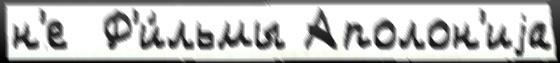
н'е  Ф'и́льмы Аполон'иjа